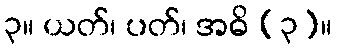
၃။ ယတ်၊ ပတ်၊ အဓိ (၃)။